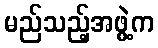
မည်သည့်အဖွဲ့က